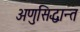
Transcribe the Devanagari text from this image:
अणुसिद्धान्त